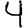
Digit: 4